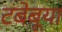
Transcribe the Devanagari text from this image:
टबेबूया